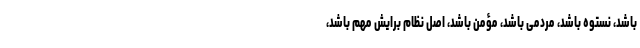
باشد، نستوه باشد، مردمی باشد، مؤمن باشد، اصل نظام برایش مهم باشد،